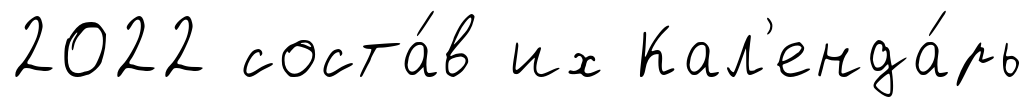
2022 соста́в их Кал'енда́рь